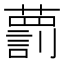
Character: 藅